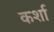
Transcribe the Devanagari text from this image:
कर्शा